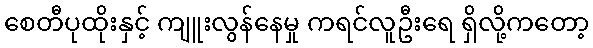
စေတီပုထိုးနှင့် ကျူးလွန်နေမှု ကရင်လူဦးရေ ရှိလို့ကတော့